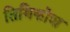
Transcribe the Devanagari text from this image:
तिथिकोश